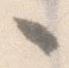
々